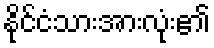
နိုင်ငံသားအားလုံး၏